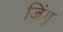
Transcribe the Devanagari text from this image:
जिंगु